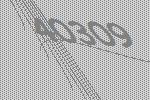
40309